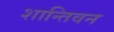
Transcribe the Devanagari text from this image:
शान्तिवन